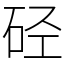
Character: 硁